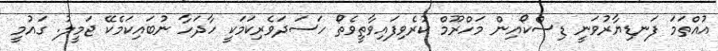
އުއްތަމަ ފަނޑިޔާރުވަނީ ޑިސްކޯއިން މަހްރޫމް ކުރެވިފައިވާތީވެތޯ ހަސަދަވެރިކަމަކީ ހާދަހާ ނުބައިކަމެކޭ ޖަމީލު. ގައުމީ